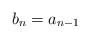
LaTeX: \begin{align*}b_n = a_{n-1}\end{align*}